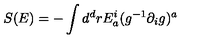
S ( E ) = - \int d ^ { d } r E _ { a } ^ { i } ( g ^ { - 1 } \partial _ { i } g ) ^ { a }